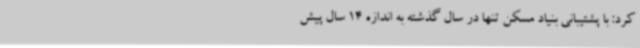
کرد: با پشتیبانی بنیاد مسکن تنها در سال گذشته به اندازه 14 سال پیش